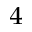
_ { 4 }